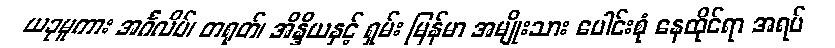
ယခုမူကား အင်္ဂလိပ်၊ တရုတ်၊ အိန္ဒိယနှင့် ရှမ်း မြန်မာ အမျိုးသား ပေါင်းစုံ နေထိုင်ရာ အရပ်